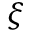
\xi